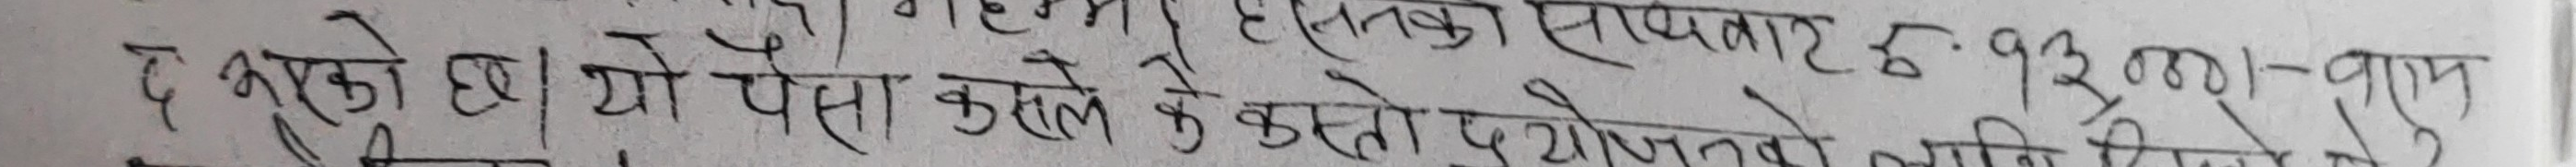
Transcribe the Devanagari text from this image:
दै भएको छ । यो पैसा कसले के कस्तो योजनामा लगिने हो ?